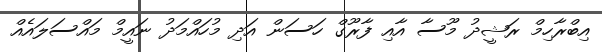
އިބްރާހިމް ރަޝީދު މޫސާ އާއި ފާރޫގް ހަސަން އަދި މުހައްމަދު ނައީމް މައްސަލައެއް